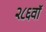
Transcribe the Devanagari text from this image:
२८६वॉ